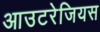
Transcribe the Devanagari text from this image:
आउटरेजियस